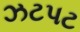
ઝટપટ